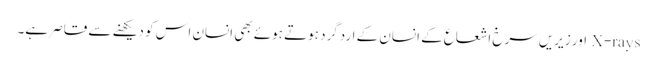
X-rays اور زیریں سرخ اشعاع کے انسان کے اردگرد ہوتے ہوئے بھی انسان اس کو دیکھنے سے قاصر ہے۔